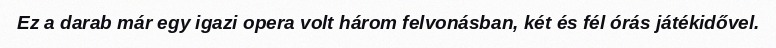
Ez a darab már egy igazi opera volt három felvonásban, két és fél órás játékidővel.